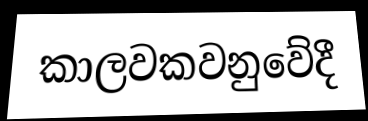
කාලවකවනුවේදී